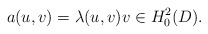
\begin{align*}a(u,v) =\lambda(u,v) v \in H_0^2(D) .\end{align*}